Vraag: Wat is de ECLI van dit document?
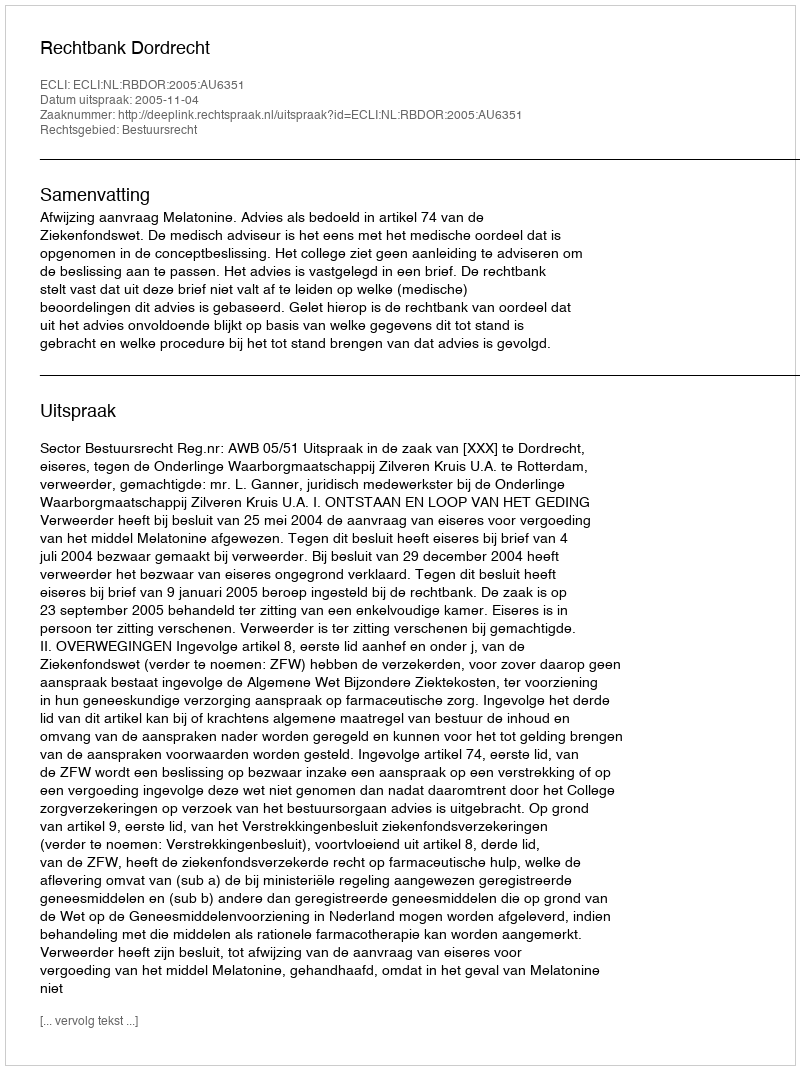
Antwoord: ECLI:NL:RBDOR:2005:AU6351